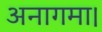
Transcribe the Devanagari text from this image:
अनागमा।